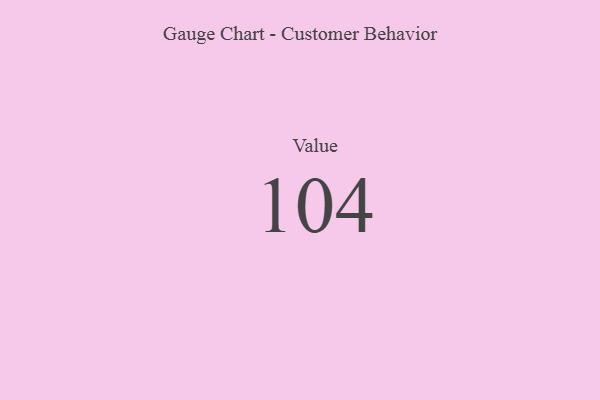
{"axis": {"x": "Metric", "y": "Value"}, "legend": [""], "data": [{"x": "Value", "y": 104, "type": ""}]}